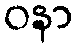
ဝနာ